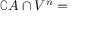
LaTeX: \complement A \cap V ^ { n } =